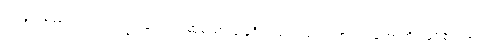
ဝါ၊ ခွင်သည်လည်း။ ပက္ခပါဒေါ ဝါ၊ ဆွံ့သော ခြေရှိသည်လည်းကောင်း။ ဟောတိ၊ ဖြစ်၏။ သော၊